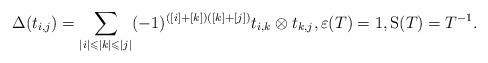
LaTeX: \begin{align*}\Delta(t_{i,j})=\sum\limits_{|i|\leqslant |k|\leqslant |j|}(-1)^{([i]+[k])([k]+[j])}t_{i,k}\otimes t_{k,j}, \varepsilon(T)=1, \mathrm{S}(T)=T^{-1} .\end{align*}